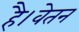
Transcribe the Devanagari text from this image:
है।वेतन